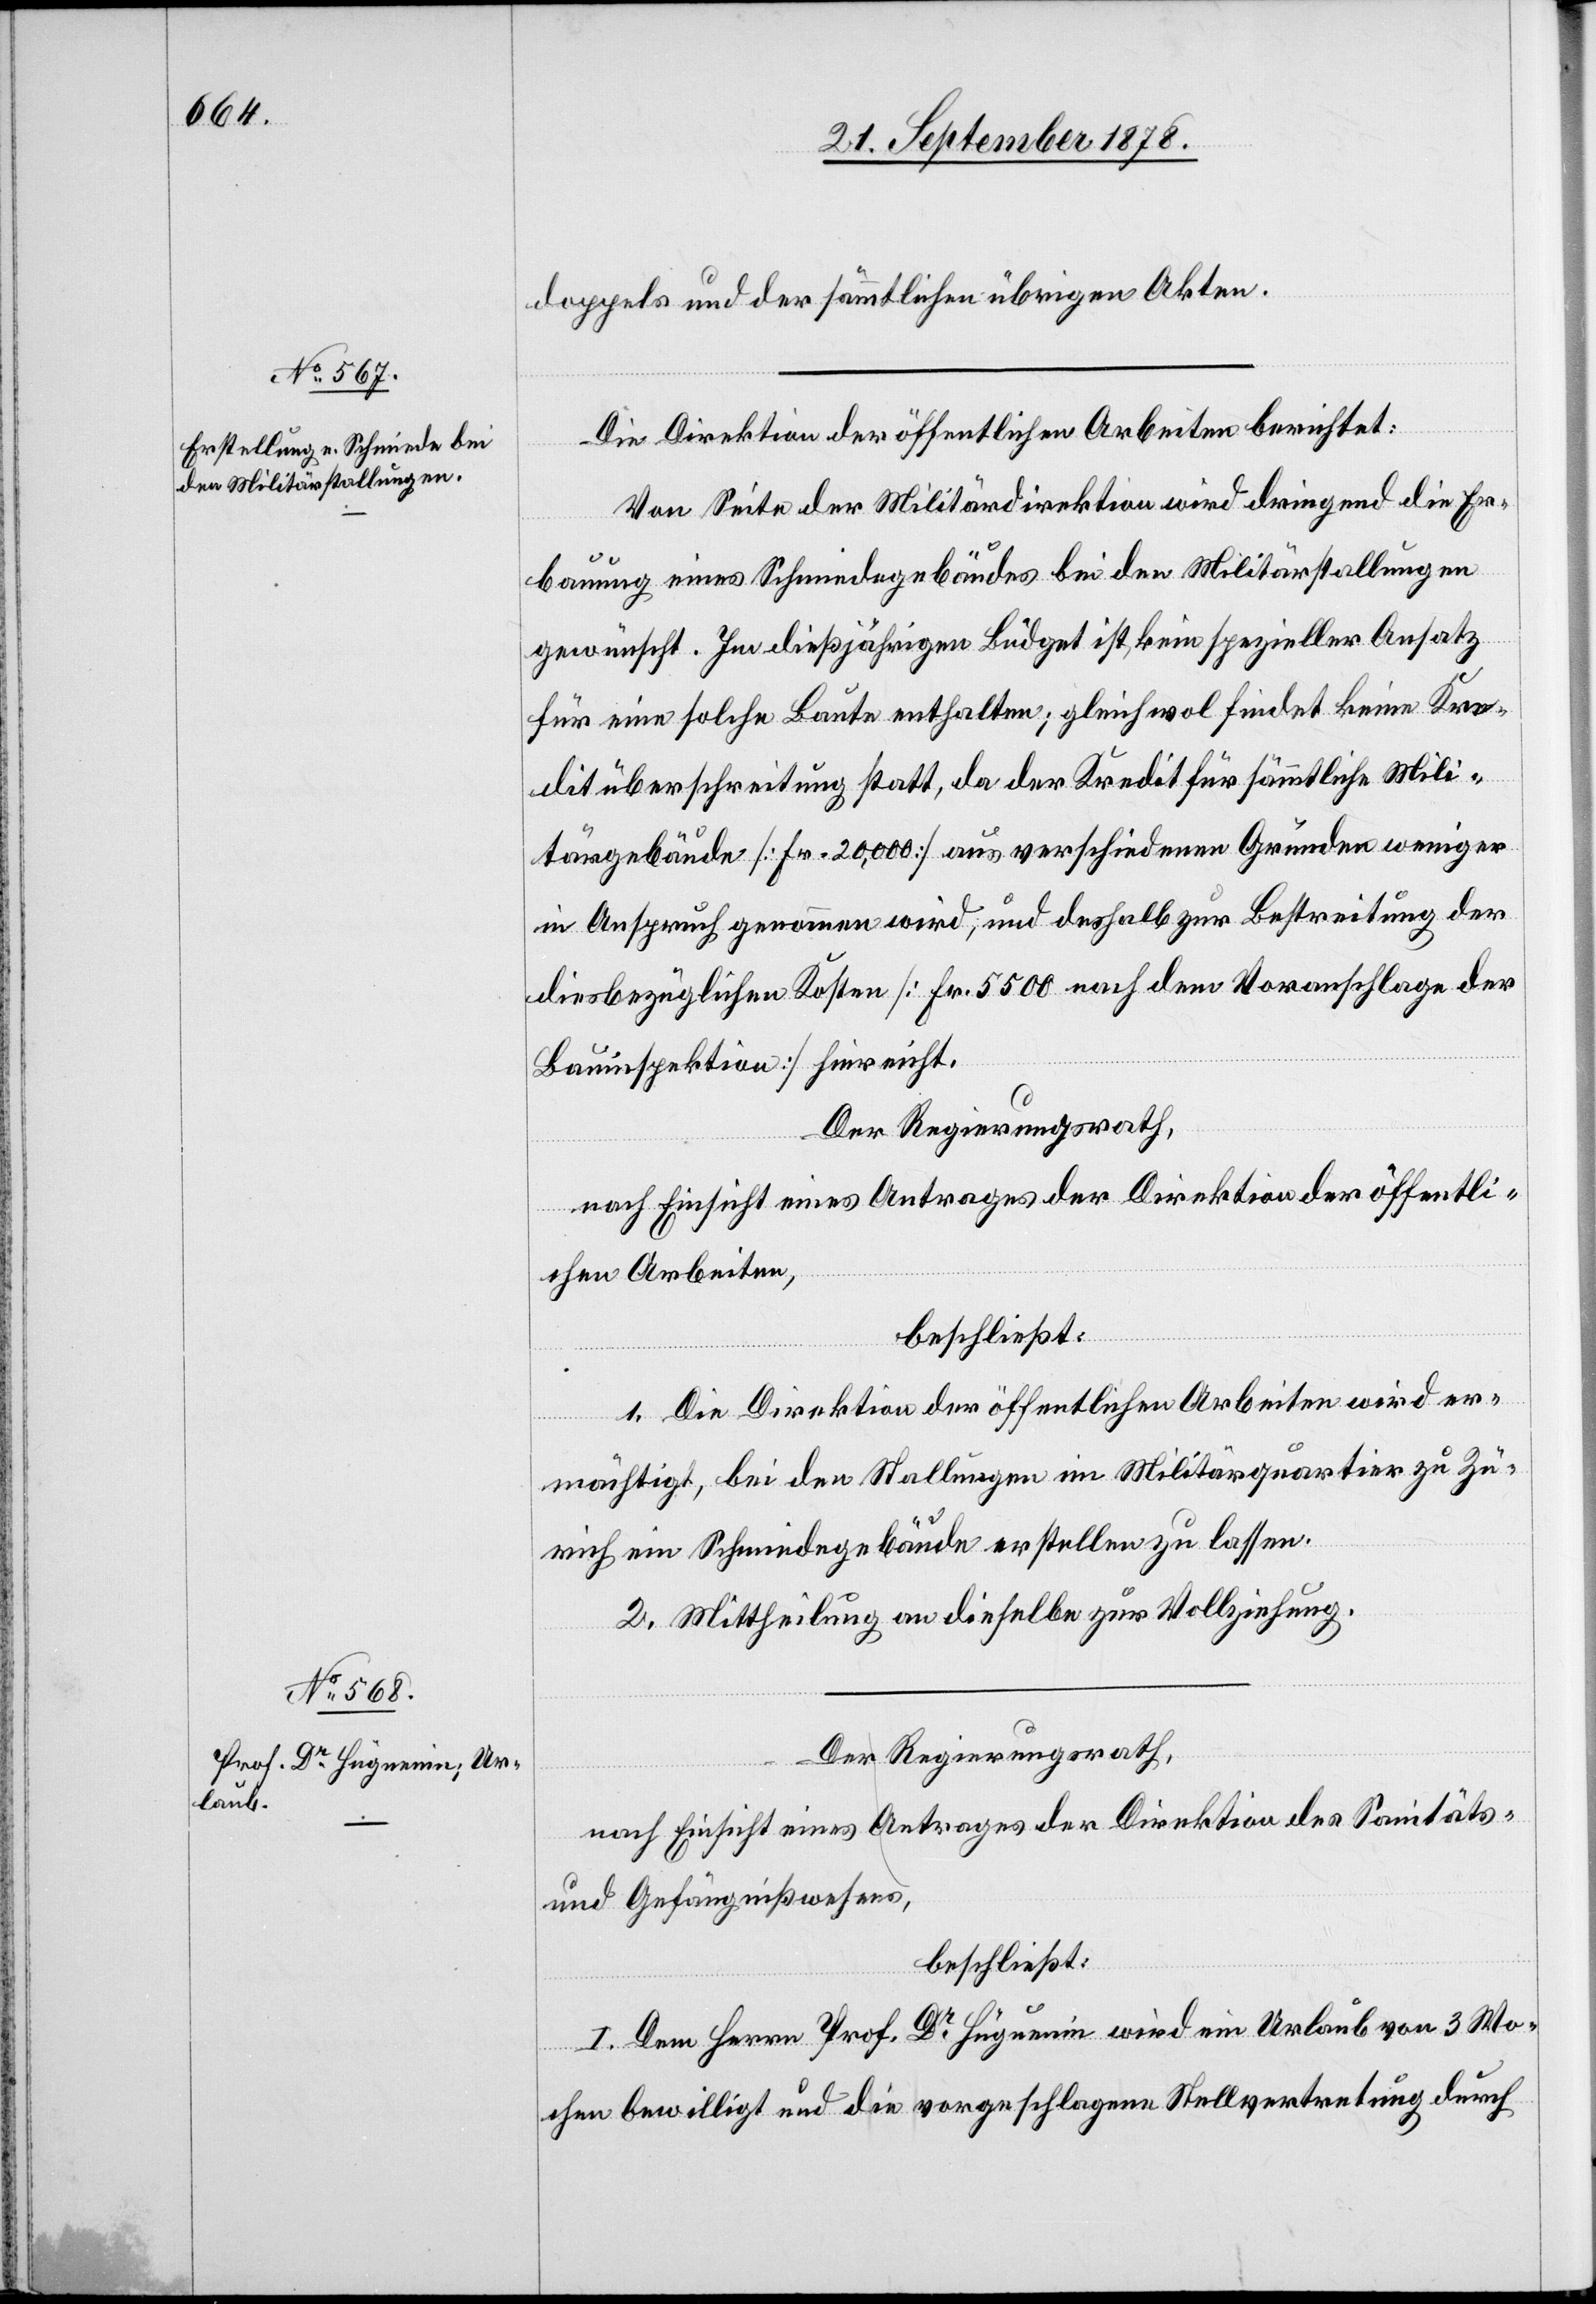
doppels und der sämmtlichen übrigen Akten.
Die Direktion der öffentlichen Arbeiten berichtet:
Von Seite der Militärdirektion wird dringend die Er¬
bauung eines Schmiedegebäudes bei den Militärstallungen
gewünscht. Im dießjährigen Büdget ist kein spezieller Ansatz
für eine solche Baute enthalten; gleichwol findet keine Kre¬
ditüberschreitung statt, da der Kredit für sämmtliche Mili¬
tärgebäude [Fr. 20,000] aus verschiedenen Gründen weniger
in Anspruch genommen wird, und deshalb zur Bestreitung der
diesbezüglichen Kosten [Fr. 5500 nach dem Voranschlage der
Bauinspektion] hinreicht.
Der Regierungsrath,
nach Einsicht eines Antrages der Direktion der öffentli¬
chen Arbeiten,
beschließt:
1. Die Direktion der öffentlichen Arbeiten wird er¬
mächtigt, bei den Stallungen im Militärquartier zu Zü¬
rich ein Schmiedegebäude erstellen zu lassen.
2. Mittheilung an dieselbe zur Vollziehung.
Der Regierungsrath,
nach Einsicht eines Antrages der Direktion des Sanitäts-
& Gefängnißwesens,
beschließt:
I. Dem Herrn Prof. Dr hüguenin wird ein Urlaub von 3 Wo¬
chen bewilligt und die vorgeschlagene Stellvertretung durch